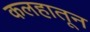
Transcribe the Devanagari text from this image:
कलहातून